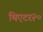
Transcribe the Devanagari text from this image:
थिएटर२०